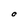
Character: O